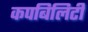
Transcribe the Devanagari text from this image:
कपबिलिटी